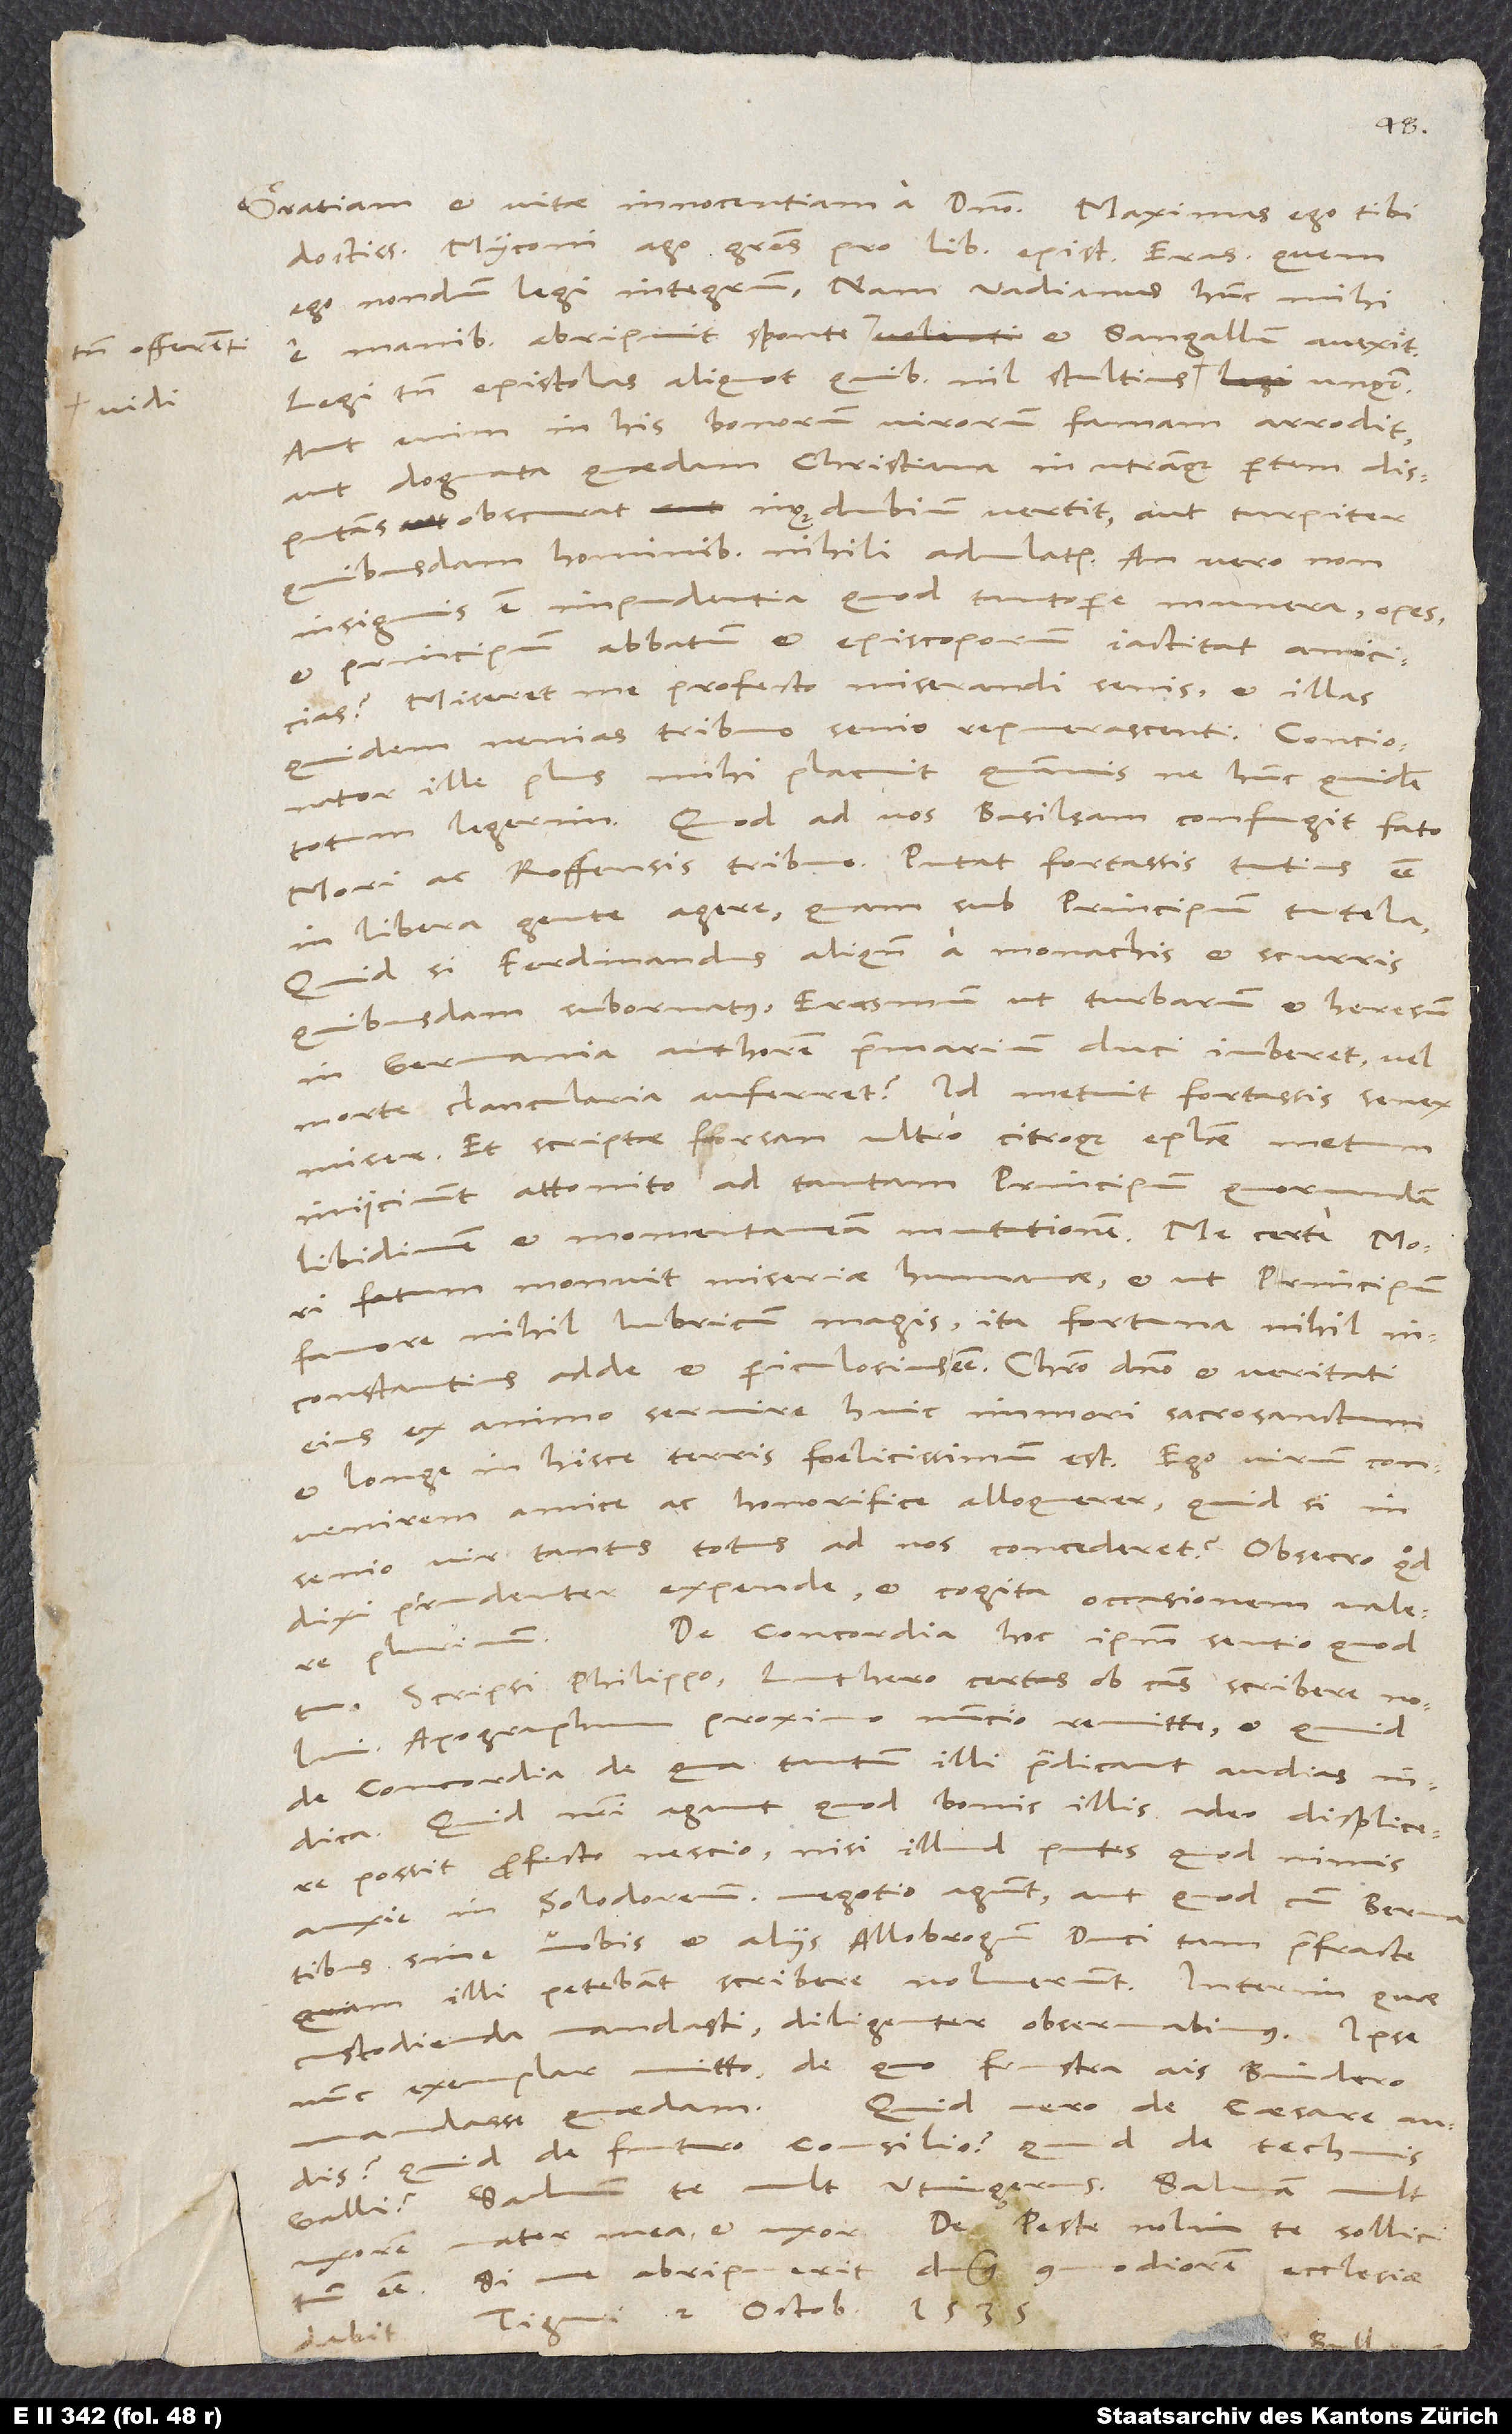
tamen offerenti,

doctissime Myconi, ago gratias pro libro epistolarum Erasmi. Quem
ego nondum legi integrum; nam Vadianus hunc mihi
Legi tamen epistolas aliquot, quibus nil stultius vidi unquam.
Aut enim in his bonorum virorum famam arrodit
aut dogmata quaedam christiana in utranque partem disputans
obscurat inque dubium vertit aut turpiter
quibusdam hominibus nihili adulatur. An vero non
insignis est impudentia, quod tantopere munera, opes
et principum, abbatum et episcoporum iactitat amicicias?
Miseret me profecto miserandi senis, et illas
quidem nenias tribuo senio repuerascenti. Concionator
ille plus mihi placuit, quamvis ne hunc quidem
totum legerim. Quod ad vos Basileam confugit, fato
Mori ac Roffensis tribuo. Putat fortassis tutius esse
in libera gente agere quam sub principum tutela.
Quid, si Ferdinandus aliquando a monachis et scurris
quibusdam subornatus Erasmum ut turbarum et heresum
in Germania authorem primarium duci iuberet vel
morte clancularia auferret? Id metuit fortassis senex
et scriptae forsan ultro citroque epistolae metum
iniiciunt attonito ad tantam principum quorundam
libidinem et momentaneam mutationem. Me certe Mori
fatum monuit miseriae humanae, et ut principum
favore nihil lubricum magis, ita fortuna nihil
inconstantius adde et periculosius esse. Christo domino et veritati
eius ex animo servire, huic immori sacrosanctum
et longe in hisce terris foelicissimum est. Ego virum convenirem
amice ac honorifice alloquerer. Quid, si in
senio vir tantus totus ad nos concederet? Obsecro, quod
dixi, prudenter expende et cogita occasionem valere
De concordia hoc ipsum sentio quod
plurimum.
Scripsi Philippo, Luthero certas ob causas scribere nolui.
Apographum proximo nuncio remitte, et quid
de concordia, de qua tantum illi praedicant, audias,
Quid nostri agant, quod bonis illis adeo displicere
possit, profecto nescio, nisi illud putes, quod nimis
anxie in Solodorensium negotio agunt aut quod cum Bernatibus,
sine vobis et aliis Allobrogum duci tam praefracte,
quam illi petebant, scribere noluerunt. Interim, quae
custodienda mandasti, diligenter observabimus.
nunc exemplar mitto, de quo frustra ais Bindero
Quid vero de caesare audis?
mandasse quaedam.
Quid de futuro consilio? Quid de technis
Salvum te vult Utingerus. Salvam vult
uxorem mater mea et uxor. De peste nolim te sollicitum
esse. Si me abripuerit, dominus commodiorem ecclesiae
Tiguri, 2. octobris 1535.
dabit.